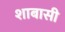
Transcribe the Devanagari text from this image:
शाबासी